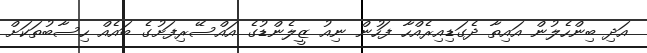
އަދި ބިންހެލުން އައިތާ ދެގަޑިއިރެއްހާ ފަހުން ނިއު ޒީލެންޑުގެ އައްސޭރިފަށުގެ ބައެއް ހިސާބުތަކަށް